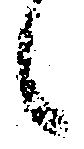
候